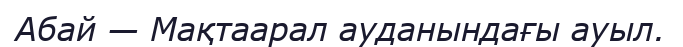
Абай — Мақтаарал ауданындағы ауыл.